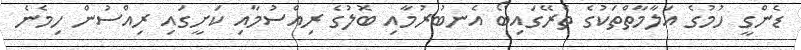
ޑެންގީ ހުމުގެ އަލާމާތްތަކުގެ ތެރޭގައިބޯ އެނބުރުމާއި ބޮލުގެ ރިއްސުމާއި ކަށީގައި ރިއްސުން ހިމެނެ